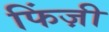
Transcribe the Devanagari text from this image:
फिंज़ी